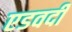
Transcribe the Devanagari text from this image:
एडवर्दी